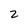
Character: 2